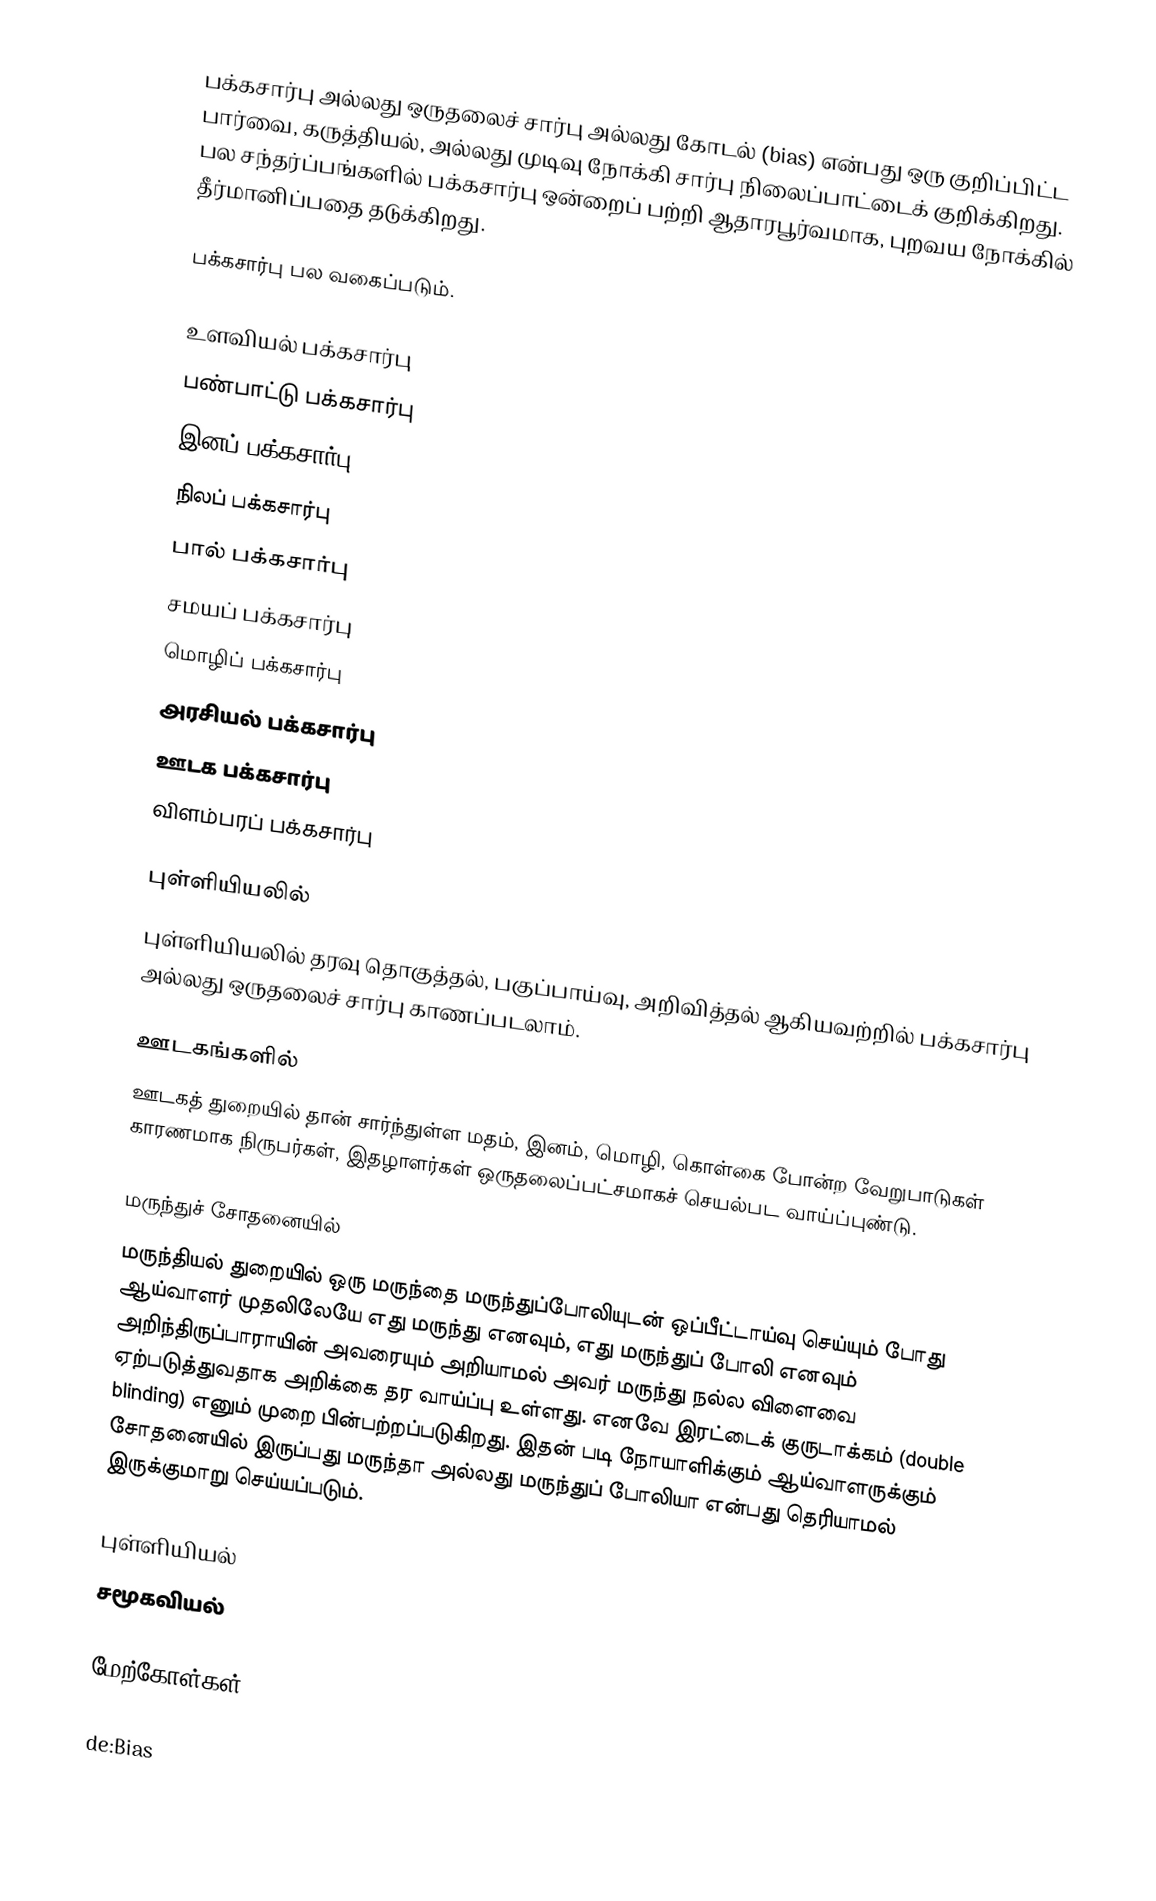
பக்கசார்பு அல்லது ஒருதலைச் சார்பு அல்லது கோடல் (bias) என்பது ஒரு குறிப்பிட்ட பார்வை, கருத்தியல், அல்லது முடிவு நோக்கி சார்பு நிலைப்பாட்டைக் குறிக்கிறது. பல சந்தர்ப்பங்களில் பக்கசார்பு ஒன்றைப் பற்றி ஆதாரபூர்வமாக, புறவய நோக்கில் தீர்மானிப்பதை தடுக்கிறது.

பக்கசார்பு பல வகைப்படும்.

 உளவியல் பக்கசார்பு
 பண்பாட்டு பக்கசார்பு
 இனப் பக்கசார்பு
 நிலப் பக்கசார்பு
 பால் பக்கசார்பு
 சமயப் பக்கசார்பு
 மொழிப் பக்கசார்பு
 அரசியல் பக்கசார்பு
 ஊடக பக்கசார்பு
 விளம்பரப் பக்கசார்பு

புள்ளியியலில்
புள்ளியியலில் தரவு தொகுத்தல், பகுப்பாய்வு, அறிவித்தல் ஆகியவற்றில் பக்கசார்பு அல்லது ஒருதலைச் சார்பு காணப்படலாம்.

ஊடகங்களில்
ஊடகத் துறையில் தான் சார்ந்துள்ள மதம், இனம், மொழி, கொள்கை போன்ற வேறுபாடுகள் காரணமாக நிருபர்கள், இதழாளர்கள் ஒருதலைப்பட்சமாகச் செயல்பட வாய்ப்புண்டு.

மருந்துச் சோதனையில்
மருந்தியல் துறையில் ஒரு மருந்தை மருந்துப்போலியுடன் ஒப்பீட்டாய்வு செய்யும் போது ஆய்வாளர் முதலிலேயே எது மருந்து எனவும், எது மருந்துப் போலி எனவும் அறிந்திருப்பாராயின் அவரையும் அறியாமல் அவர் மருந்து நல்ல விளைவை ஏற்படுத்துவதாக அறிக்கை தர வாய்ப்பு உள்ளது. எனவே இரட்டைக் குருடாக்கம் (double blinding) எனும் முறை பின்பற்றப்படுகிறது. இதன் படி நோயாளிக்கும் ஆய்வாளருக்கும் சோதனையில் இருப்பது மருந்தா அல்லது மருந்துப் போலியா என்பது தெரியாமல் இருக்குமாறு செய்யப்படும்.

புள்ளியியல்
சமூகவியல்

மேற்கோள்கள்

de:Bias